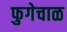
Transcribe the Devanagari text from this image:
फुगेचाळ